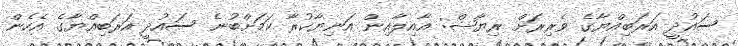
ސައުދީ އަރަބިއްޔާގެ ވެރިރަށް ރިޔާޟް: އާއިލާއިން އަނިޔާކުރާ ކަމަށްބުނެ ސައުދީ އަރަބިއްޔާގެ އެހެން